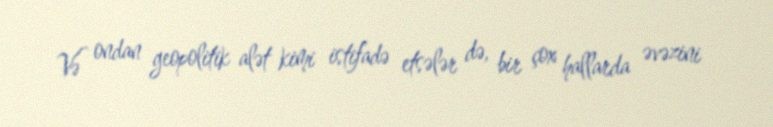
Və ondan geopolitik alət kimi istifadə etsələr də, bir çox hallarda əvəzini